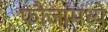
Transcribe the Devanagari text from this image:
फौजांमध्ये